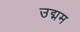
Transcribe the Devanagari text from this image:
उद्मम